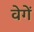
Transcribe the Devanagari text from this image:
वेगें